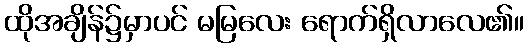
ထိုအချိန်၌မှာပင် မမြလေး ရောက်ရှိလာလေ၏။